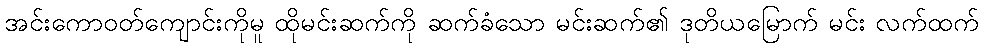
အင်းကောဝတ်ကျောင်းကိုမူ ထိုမင်းဆက်ကို ဆက်ခံသော မင်းဆက်၏ ဒုတိယမြောက် မင်း လက်ထက်